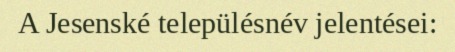
A Jesenské településnév jelentései: